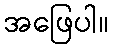
အဖြေပါ။